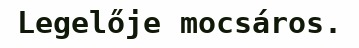
Legelője mocsáros.